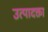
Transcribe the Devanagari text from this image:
उत्पादक्ता